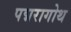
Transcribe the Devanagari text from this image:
पद्मरागोथ